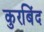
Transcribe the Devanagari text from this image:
कुरबिंद